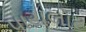
પાયલોટ